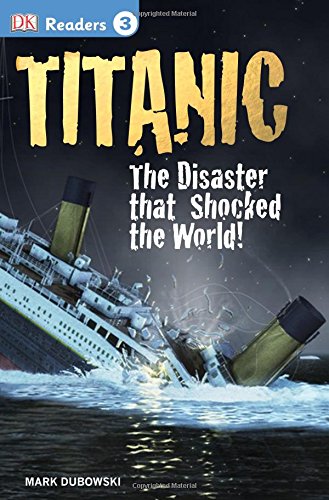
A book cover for DK Readers L3: Titanic: The Disaster that Shocked the World!; Mark Dubowski; Children's Books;